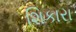
શિકારા